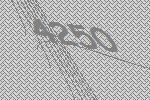
4250